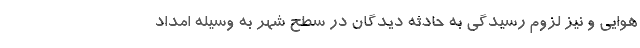
هوایی و نیز لزوم رسیدگی به حادثه دیدگان در سطح شهر به وسیله امداد